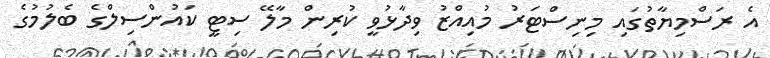
އެ ރަސްމިޔާތުގައި މިނިސްޓަރު މުއިއްޒު ވިދާޅުވީ ކުރިން މާލޭ ސިޓީ ކައުންސިލްގެ ބެލުމުގެ